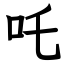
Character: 吒